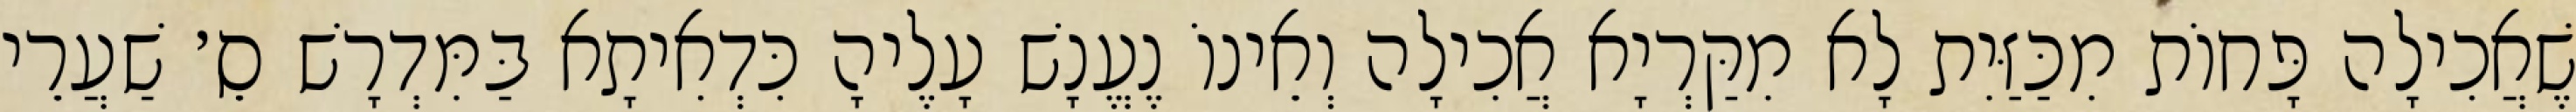
שֶׁאֲכִילָה פָּחוֹת מִכַּזַּיִת לָא מִקַּרְיָא אֲכִילָה וְאֵינוֹ נֶעֱנָשׁ עָלֶיהָ כִּדְאִיתָא בַּמִּדְרָשׁ סֵ׳ שַׁעֲרֵי